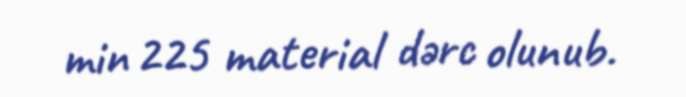
min 225 material dərc olunub.